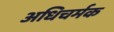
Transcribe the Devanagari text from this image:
अधिचर्मक